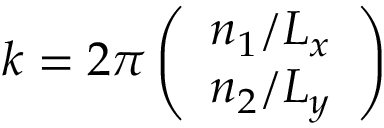
\boldsymbol { k } = 2 \pi \left( \begin{array} { l } { n _ { 1 } / L _ { x } } \\ { n _ { 2 } / L _ { y } } \end{array} \right)